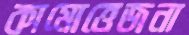
কামোত্তেজনা